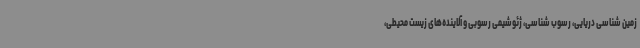
زمین شناسی دریایی، رسوب شناسی، ژئوشیمی رسوبی و آلاینده‌های زیست محیطی،